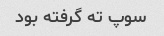
سوپ ته گرفته بود